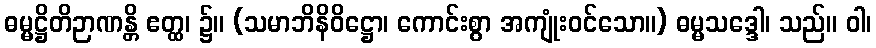
ဓမ္မဋ္ဌိတိဉာဏန္တိ ဧတ္ထ၊ ၌။ (သမာဘိနိဝိဋ္ဌော၊ ကောင်းစွာ အကျုံးဝင်သော။) ဓမ္မသဒ္ဒေါ၊ သည်။ ဝါ၊